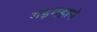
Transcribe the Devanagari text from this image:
गड़गड़ाने